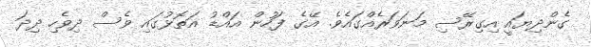
ގެންދިޔައީ އިގިރޭސި މަނަވަރެއްގައެވެ. އޭގެ ފަހުން އައްޑު އަތޮޅުގައި ވެސް ދިވެހި ދިދަ